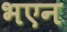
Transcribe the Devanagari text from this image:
भएन